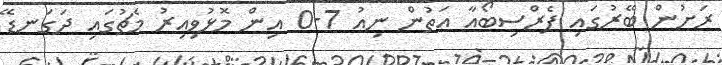
ރަށުން ބޭރުގައި ޕެރްސިބޯއާ އަތުން ނިއު 7-0 އިން މޮޅުވިއިރު މެޗުގައި ދަގަނޑޭ